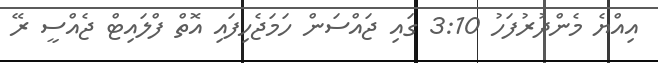
އިއްޔެ މެންދުރުފަހު 3:10 ގައި ޖައްސަން ހަމަޖެހިފައި އޮތް ފްލައިޓް ޖެއްސީ ރޭ